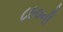
૮૯૦ની